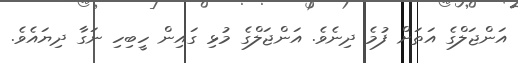
އަންޖަލްގެ އަތަަށް ފުމެ ދިނެވެ. އަންޖަލްގެ މުޅި ގައިން ހީބިހި ނަގާ ދިޔައެވެ.